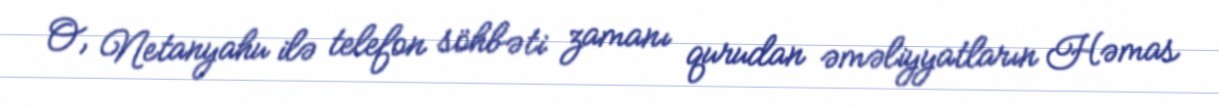
O, Netanyahu ilə telefon söhbəti zamanı qurudan əməliyyatların Həmas